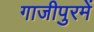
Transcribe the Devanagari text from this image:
गाजीपुरमें